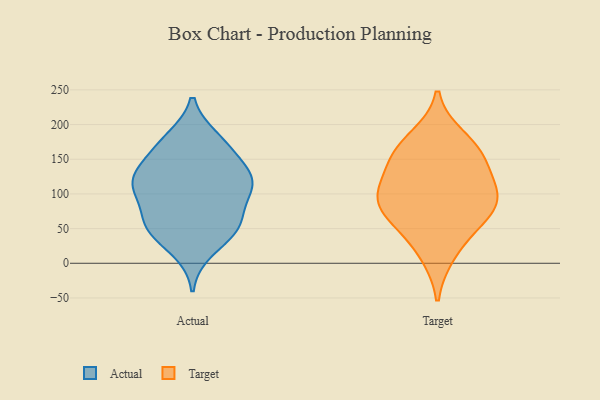
{"axis": {"x": "Shipments", "y": "Value"}, "legend": ["Actual", "Target"], "data": [{"x": "", "y": 71, "type": "Actual"}, {"x": "", "y": 118, "type": "Actual"}, {"x": "", "y": 161, "type": "Actual"}, {"x": "", "y": 51, "type": "Actual"}, {"x": "", "y": 118, "type": "Actual"}, {"x": "", "y": 148, "type": "Actual"}, {"x": "", "y": 19, "type": "Actual"}, {"x": "", "y": 116, "type": "Actual"}, {"x": "", "y": 176, "type": "Actual"}, {"x": "", "y": 111, "type": "Actual"}, {"x": "", "y": 56, "type": "Actual"}, {"x": "", "y": 51, "type": "Actual"}, {"x": "", "y": 117, "type": "Actual"}, {"x": "", "y": 179, "type": "Actual"}, {"x": "", "y": 52, "type": "Actual"}, {"x": "", "y": 108, "type": "Actual"}, {"x": "", "y": 102, "type": "Target"}, {"x": "", "y": 62, "type": "Target"}, {"x": "", "y": 13, "type": "Target"}, {"x": "", "y": 140, "type": "Target"}, {"x": "", "y": 55, "type": "Target"}, {"x": "", "y": 89, "type": "Target"}, {"x": "", "y": 157, "type": "Target"}, {"x": "", "y": 158, "type": "Target"}, {"x": "", "y": 96, "type": "Target"}, {"x": "", "y": 181, "type": "Target"}, {"x": "", "y": 97, "type": "Target"}]}